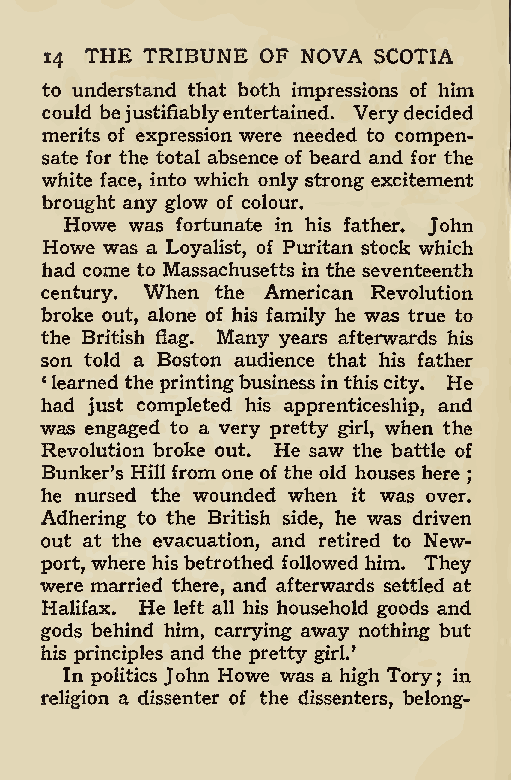
THE TRIBUNE OF NOVA SCOTIA
 14
 to understand that both impressions of him
 could bejustifiablyentertained. Verydecided
 merits of expression were needed to compen-
 sate for the total absence of beard and for the
 white face, into which only strong excitement
 brought any glow of colour.
 Howe was fortunate in his father. John
 Howe was a Loyalist, of Puritan stock which
 had come to Massachusetts in the seventeenth
 century. When the American Revolution
 broke out, alone of his family he was true to
 the British flag. Many years afterwards his
 son told a Boston audience that his father
 1learned theprintingbusinessinthis city. He
 had just completed his apprenticeship, and
 was engaged to a very pretty girl, when the
 Revolution broke out. He saw the battle of
 Bunker’s Hill from one of the old houses here
 ;
 he nursed the wounded when it was over.
 Adhering to the British side, he was driven
 out at the evacuation, and retired to New-
 port, where his betrothed followed him. They
 were married there, and afterwards settled at
 Halifax. He left all his household goods and
 gods behind him, carrying away nothing but
 his principles and the pretty girl.’
 In politics John Howe was a high Tory; in
 religion a dissenter of the dissenters, belong-